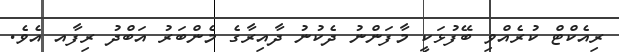
ރިއެކްޓް ކުރެއްވި ބޭފުޅަކީ މާފަންނު ދެކުނު ދާއިރާގެ މެންބަރު އަބްދު ރިފާއ އެވެ.